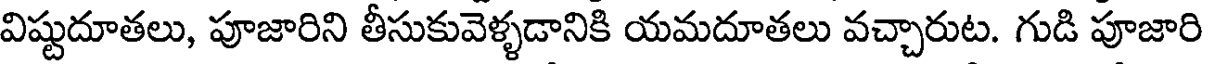
విష్టుదూతలు, పూజారిని తీసుకువెళ్ళడానికి యమదూతలు వచ్చారుట. గుడి పూజారి